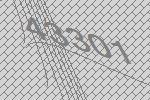
43301